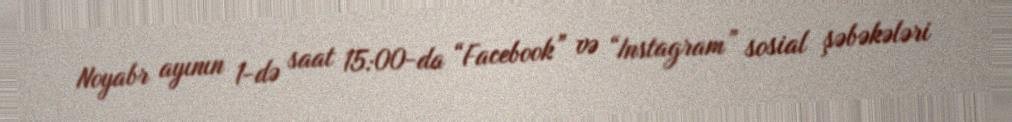
Noyabr ayının 1-də saat 15:00-da “Facebook” və “Instagram” sosial şəbəkələri